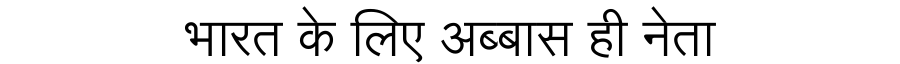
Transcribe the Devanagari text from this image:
भारत के लिए अब्बास ही नेता